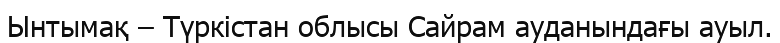
Ынтымақ – Түркістан облысы Сайрам ауданындағы ауыл.